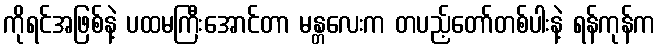
ကိုရင်အဖြစ်နဲ့ ပထမကြီးအောင်တာ မန္တလေးက တပည့်တော်တစ်ပါးနဲ့ ရန်ကုန်က